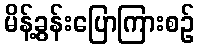
မိန့်ခွန်းပြောကြားစဉ်